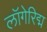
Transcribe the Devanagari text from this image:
लॉगेरिद्म